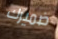
ضميرك